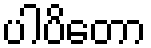
ပါပိတော